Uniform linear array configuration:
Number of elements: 32
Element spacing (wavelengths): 1
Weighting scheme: kaiser
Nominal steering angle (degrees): -30
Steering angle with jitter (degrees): -29.776
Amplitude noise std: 0.05
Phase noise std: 0.05

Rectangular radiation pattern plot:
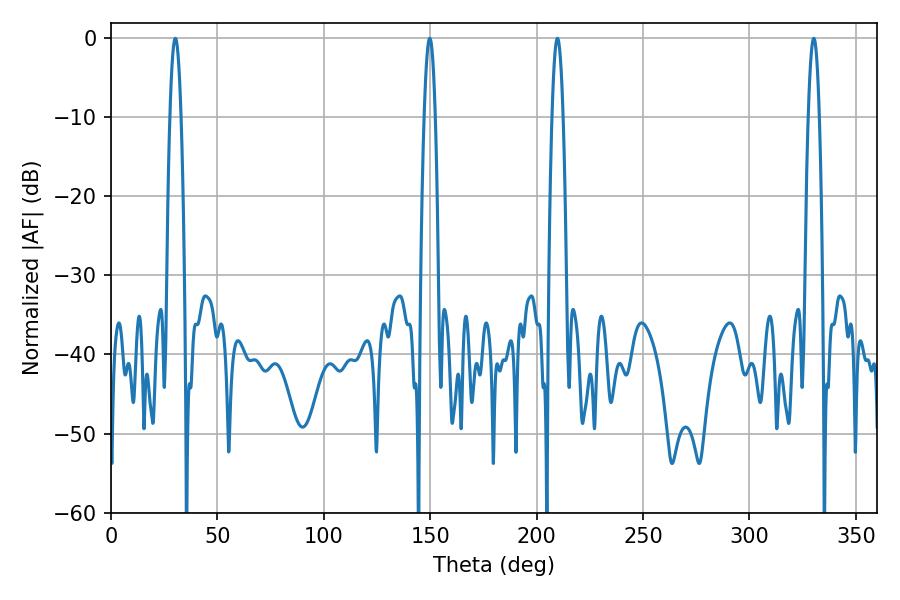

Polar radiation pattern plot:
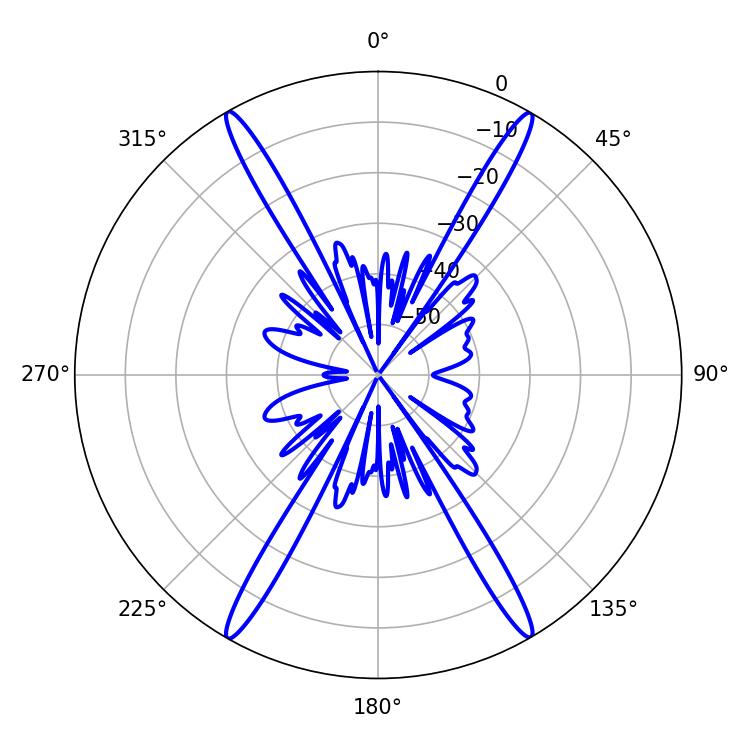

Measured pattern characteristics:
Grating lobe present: TRUE
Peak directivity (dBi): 32.81
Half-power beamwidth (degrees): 2.88
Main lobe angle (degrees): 30.24